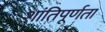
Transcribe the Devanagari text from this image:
शांतिपूर्णता